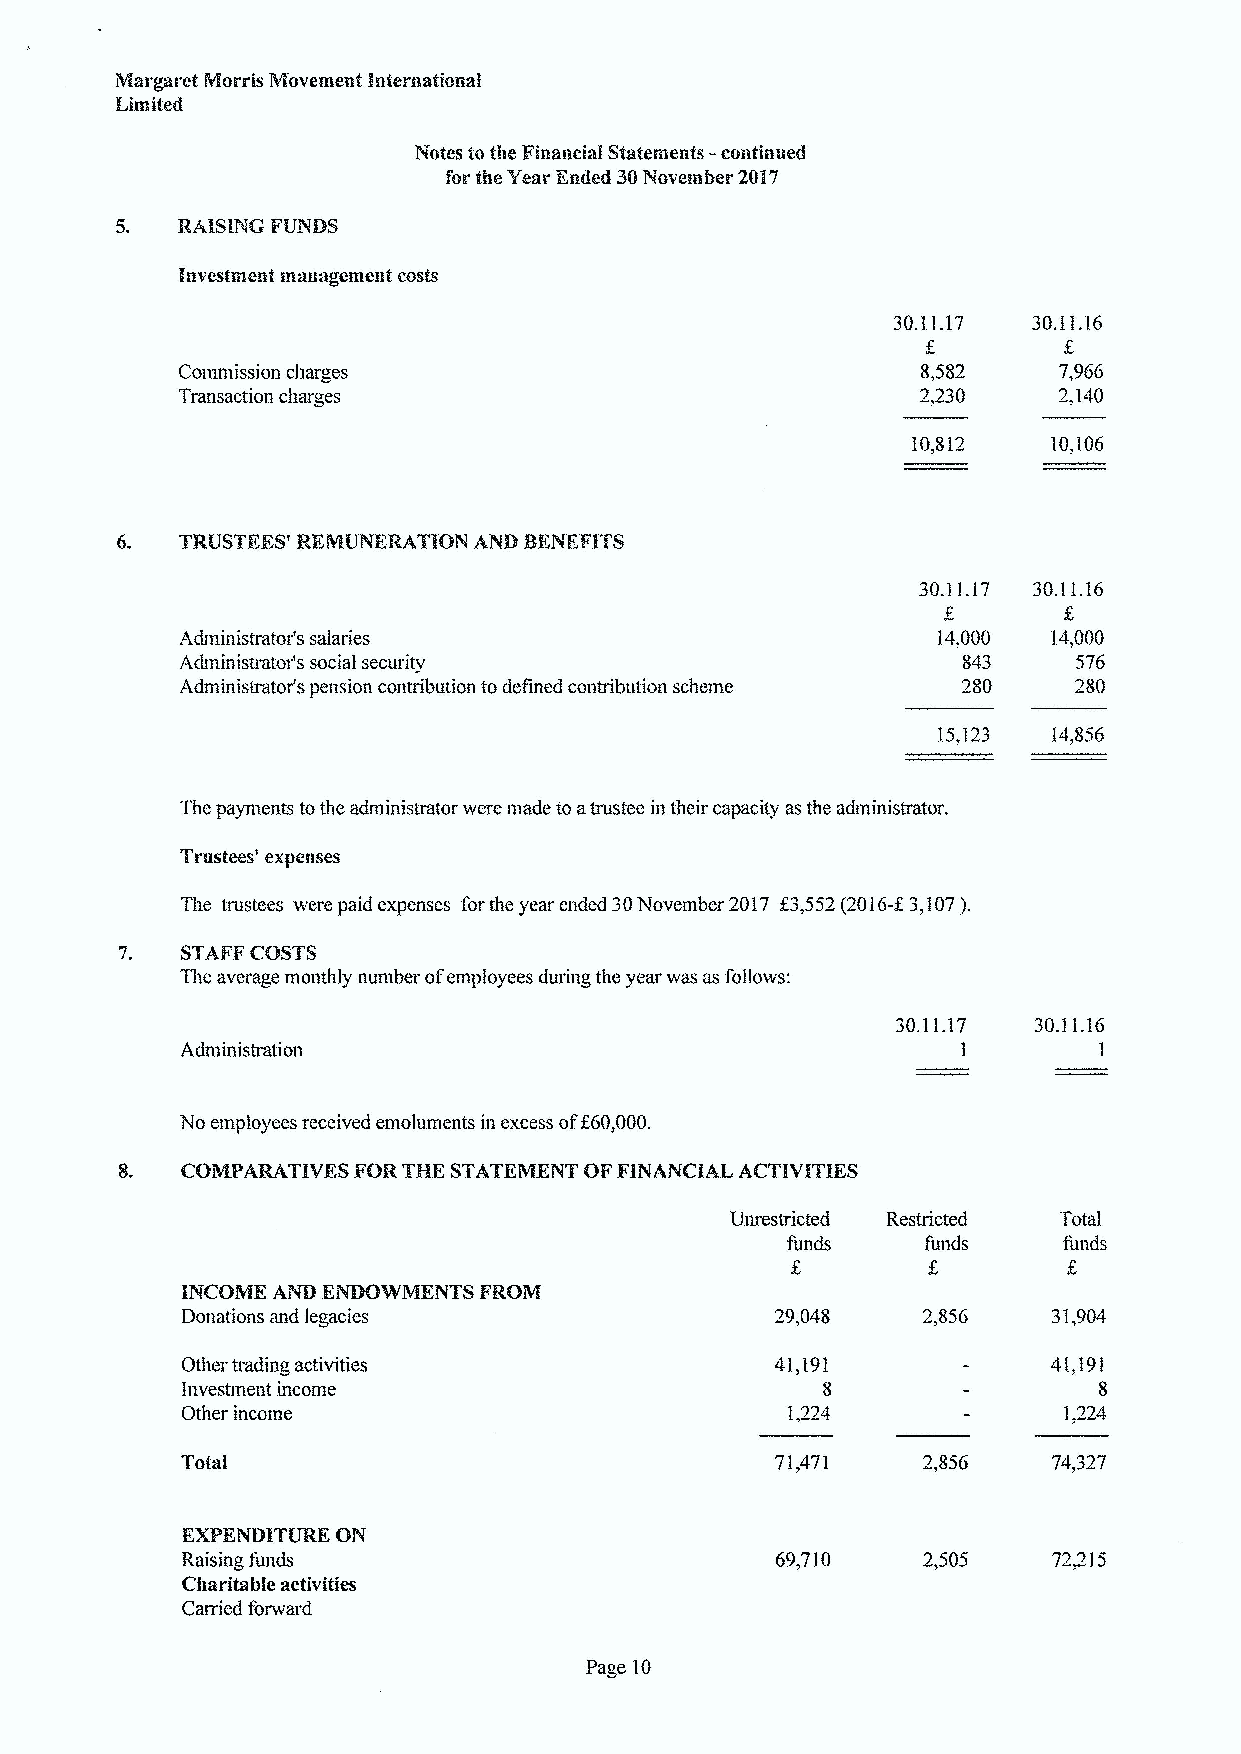
5.  RAISING FUNDS
 30.11.17 30.11.16
 Commission charges                               8,582    7,966
 Transaction charges                              2,230    2,140
 10,812    10,106
 30.11.17 30.11.16
 Aclnluustratol ssalal les                         14,000  14,000
 Adtninistrator's social security                    843    576
 Administrator's pension contribution todefined contribution scheme 280 280
 15,123
 The payments tothe administrator were made to atrustee in their capacity asthe administrator.
 Trus'tees expenses
 The trustees were paid expenses forthe year ended 30November 2017 f3,552(2016-X3,107).
 7.  STAFFCOSTS
 The average monthly number ofemployees during the year was as follows:
 30.11.17 30.11.16
 Administration                                      1        1
 No employees received emoluments in excess of$60,000.
 COMPARATIVES FORTHE STAl'EMENl" OFFINANCIAL ACTIVIl'IES
 Unrestricted Restricted Total
 funds    funds    funds
 INCOME AND ENDOWMENTS FROM
 Donations and legacies                           2,856
 Other trading activities               41,19I             41,191
 Investment income                         8                  8
 Other income                            1,224             1,224
 Total                                  71,471
 K~KNDITURE ON
 Raising funds                          69,710             72:215
 Charitable activities
 Carried forward
 Page 10